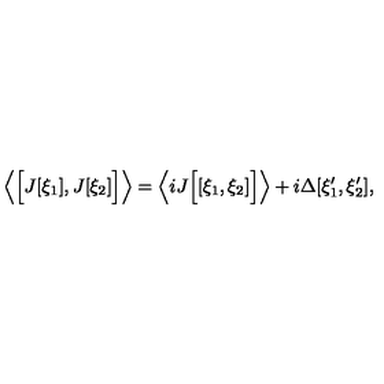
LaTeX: \left\langle \Bigl [ J [ \xi _ { 1 } ] , J [ \xi _ { 2 } ] \Bigr ] \right\rangle = \left\langle i J \Bigl [ [ \xi _ { 1 } , \xi _ { 2 } ] \Bigr ] \right\rangle + i \Delta [ \xi _ { 1 } ^ { \prime } , \xi _ { 2 } ^ { \prime } ] ,